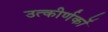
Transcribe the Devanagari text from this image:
उत्‍कीर्णकों